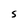
Character: S